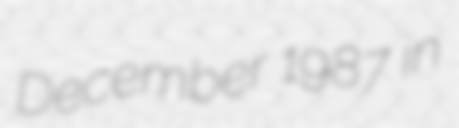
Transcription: December 1987 in